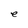
Character: e